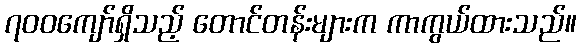
၇၀၀ကျော်ရှိသည့် တောင်တန်းများက ကာကွယ်ထားသည်။